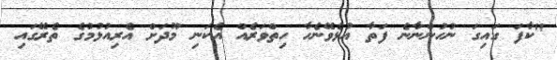
"ކާފަ ގައިގަ ނުހުންނާނެ ފަތާ އުޅެވޭނެހާ ހިތްވަރެއް އެކަނި މޫދަށް އެރިއުޅުމުގެ ތެރޭގައި